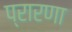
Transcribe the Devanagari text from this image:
प्रारणा